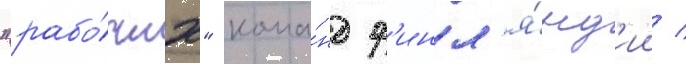
"рабо́чих" кома́нд ф'инл'я́нд'ии /